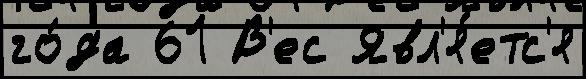
го́да 61 В'ес Явл'я́етс'я